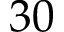
3 0